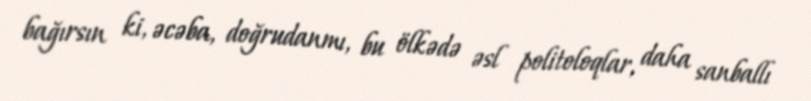
bağırsın ki, əcəba, doğrudanmı, bu ölkədə əsl politoloqlar, daha sanballı